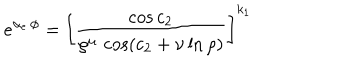
e ^ { \alpha _ { e } \, \phi } = \left[ { \frac { \cos { c _ { 2 } } } { \rho ^ { \mu } \, \cos ( { c _ { 2 } + \nu \ln \rho ) } } } \right] ^ { k _ { 1 } }